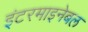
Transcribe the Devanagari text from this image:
इंटरमाइनेबल